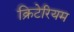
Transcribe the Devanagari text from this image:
क्रिटेरियम